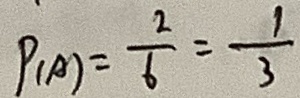
P ( A ) = \frac { 2 } { 6 } = \frac { 1 } { 3 }